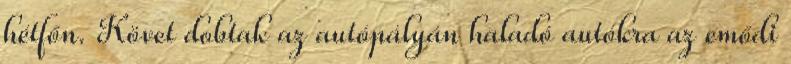
hétfőn. Követ dobtak az autópályán haladó autókra az emődi